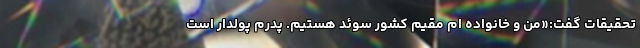
تحقیقات گفت:«من و خانواده ام مقیم کشور سوئد هستیم. پدرم پولدار است